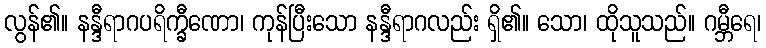
လွန်၏။ နန္ဒီရာဂပရိက္ခီဏော၊ ကုန်ပြီးသော နန္ဒီရာဂလည်း ရှိ၏။ သော၊ ထိုသူသည်။ ဂမ္ဘီရေ၊